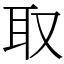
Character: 取